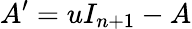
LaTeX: A^{\prime}=uI_{n+1}-A